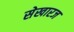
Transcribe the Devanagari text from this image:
सेखारज